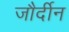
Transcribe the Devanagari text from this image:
जौर्दीन